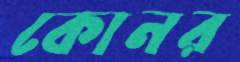
কোনর